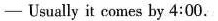
— Usually it comes by 4:00.